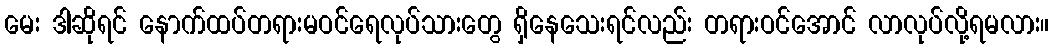
မေး ဒါဆိုရင် နောက်ထပ်တရားမဝင်ရေလုပ်သားတွေ ရှိနေသေးရင်လည်း တရားဝင်အောင် လာလုပ်လို့ရမလား။